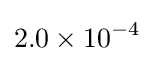
2.0\times 10^{-4}